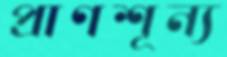
প্রাণশূন্য